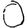
Digit: 0